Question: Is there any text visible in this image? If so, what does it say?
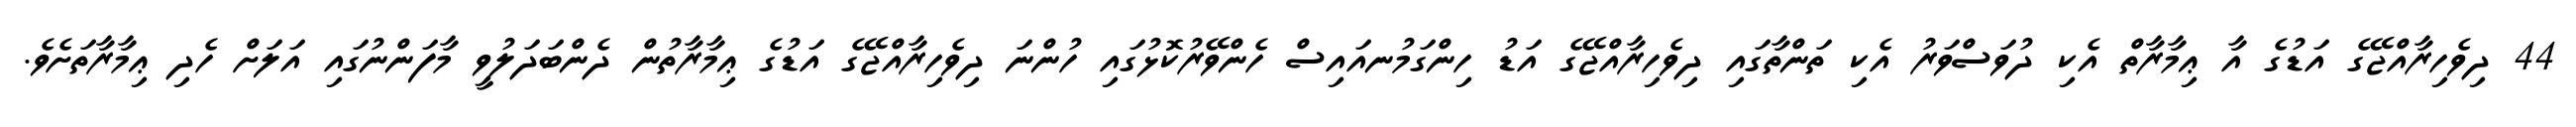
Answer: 44 ދިވެހިރާއްޖޭގެ އަޑުގެ އާ ޢިމާރާތް އެކި ދުވަސްވަރު އެކި ތަންތާގައި ދިވެހިރާއްޖޭގެ އަޑު ހިންގަމުނއައިސް ހެންވޭރުކޮޅުގައި ހުންނަ ދިވެހިރާއްޖޭގެ އަޑުގެ ޢިމާރާތުން ދެންބަދަލުވީ މާފަންނުގައި އަލަށް ހެދި ޢިމާރާތަށެވެ.